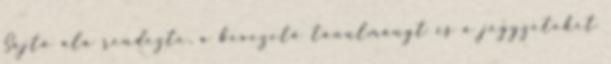
Sajtó alá rendezte, a bevezető tanulmányt és a jegyzeteket